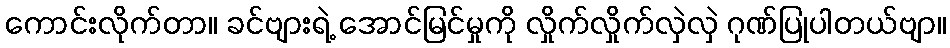
ကောင်းလိုက်တာ။ ခင်ဗျားရဲ့ အောင်မြင်မှုကို လှိုက်လှိုက်လှဲလှဲ ဂုဏ်ပြုပါတယ်ဗျာ။